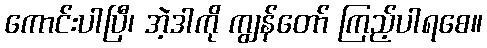
ကောင်းပါပြီ၊ အဲ့ဒါကို ကျွန်တော် ကြည့်ပါရစေ။